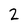
Character: 2